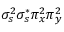
\sigma _ { s } ^ { 2 } \sigma _ { s } ^ { * } \pi _ { x } ^ { 2 } \pi _ { y } ^ { 2 }